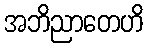
အဘိညာတေဟိ